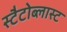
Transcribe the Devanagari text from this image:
स्टैटोब्लास्ट